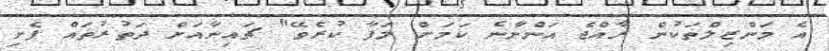
އެ މަންޒިލްތަކުން ރާއްޖެ އަންނާނެ ކަމަށް ލަފާ ކުރެވޭ" ޗައިނާއަށް ދަތުރުތައް ފެށި